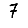
Digit: 7